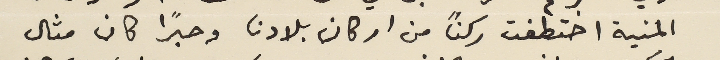
المنية اختطفت ركنًا من اركان بلادنا وحبرًا كان مثال